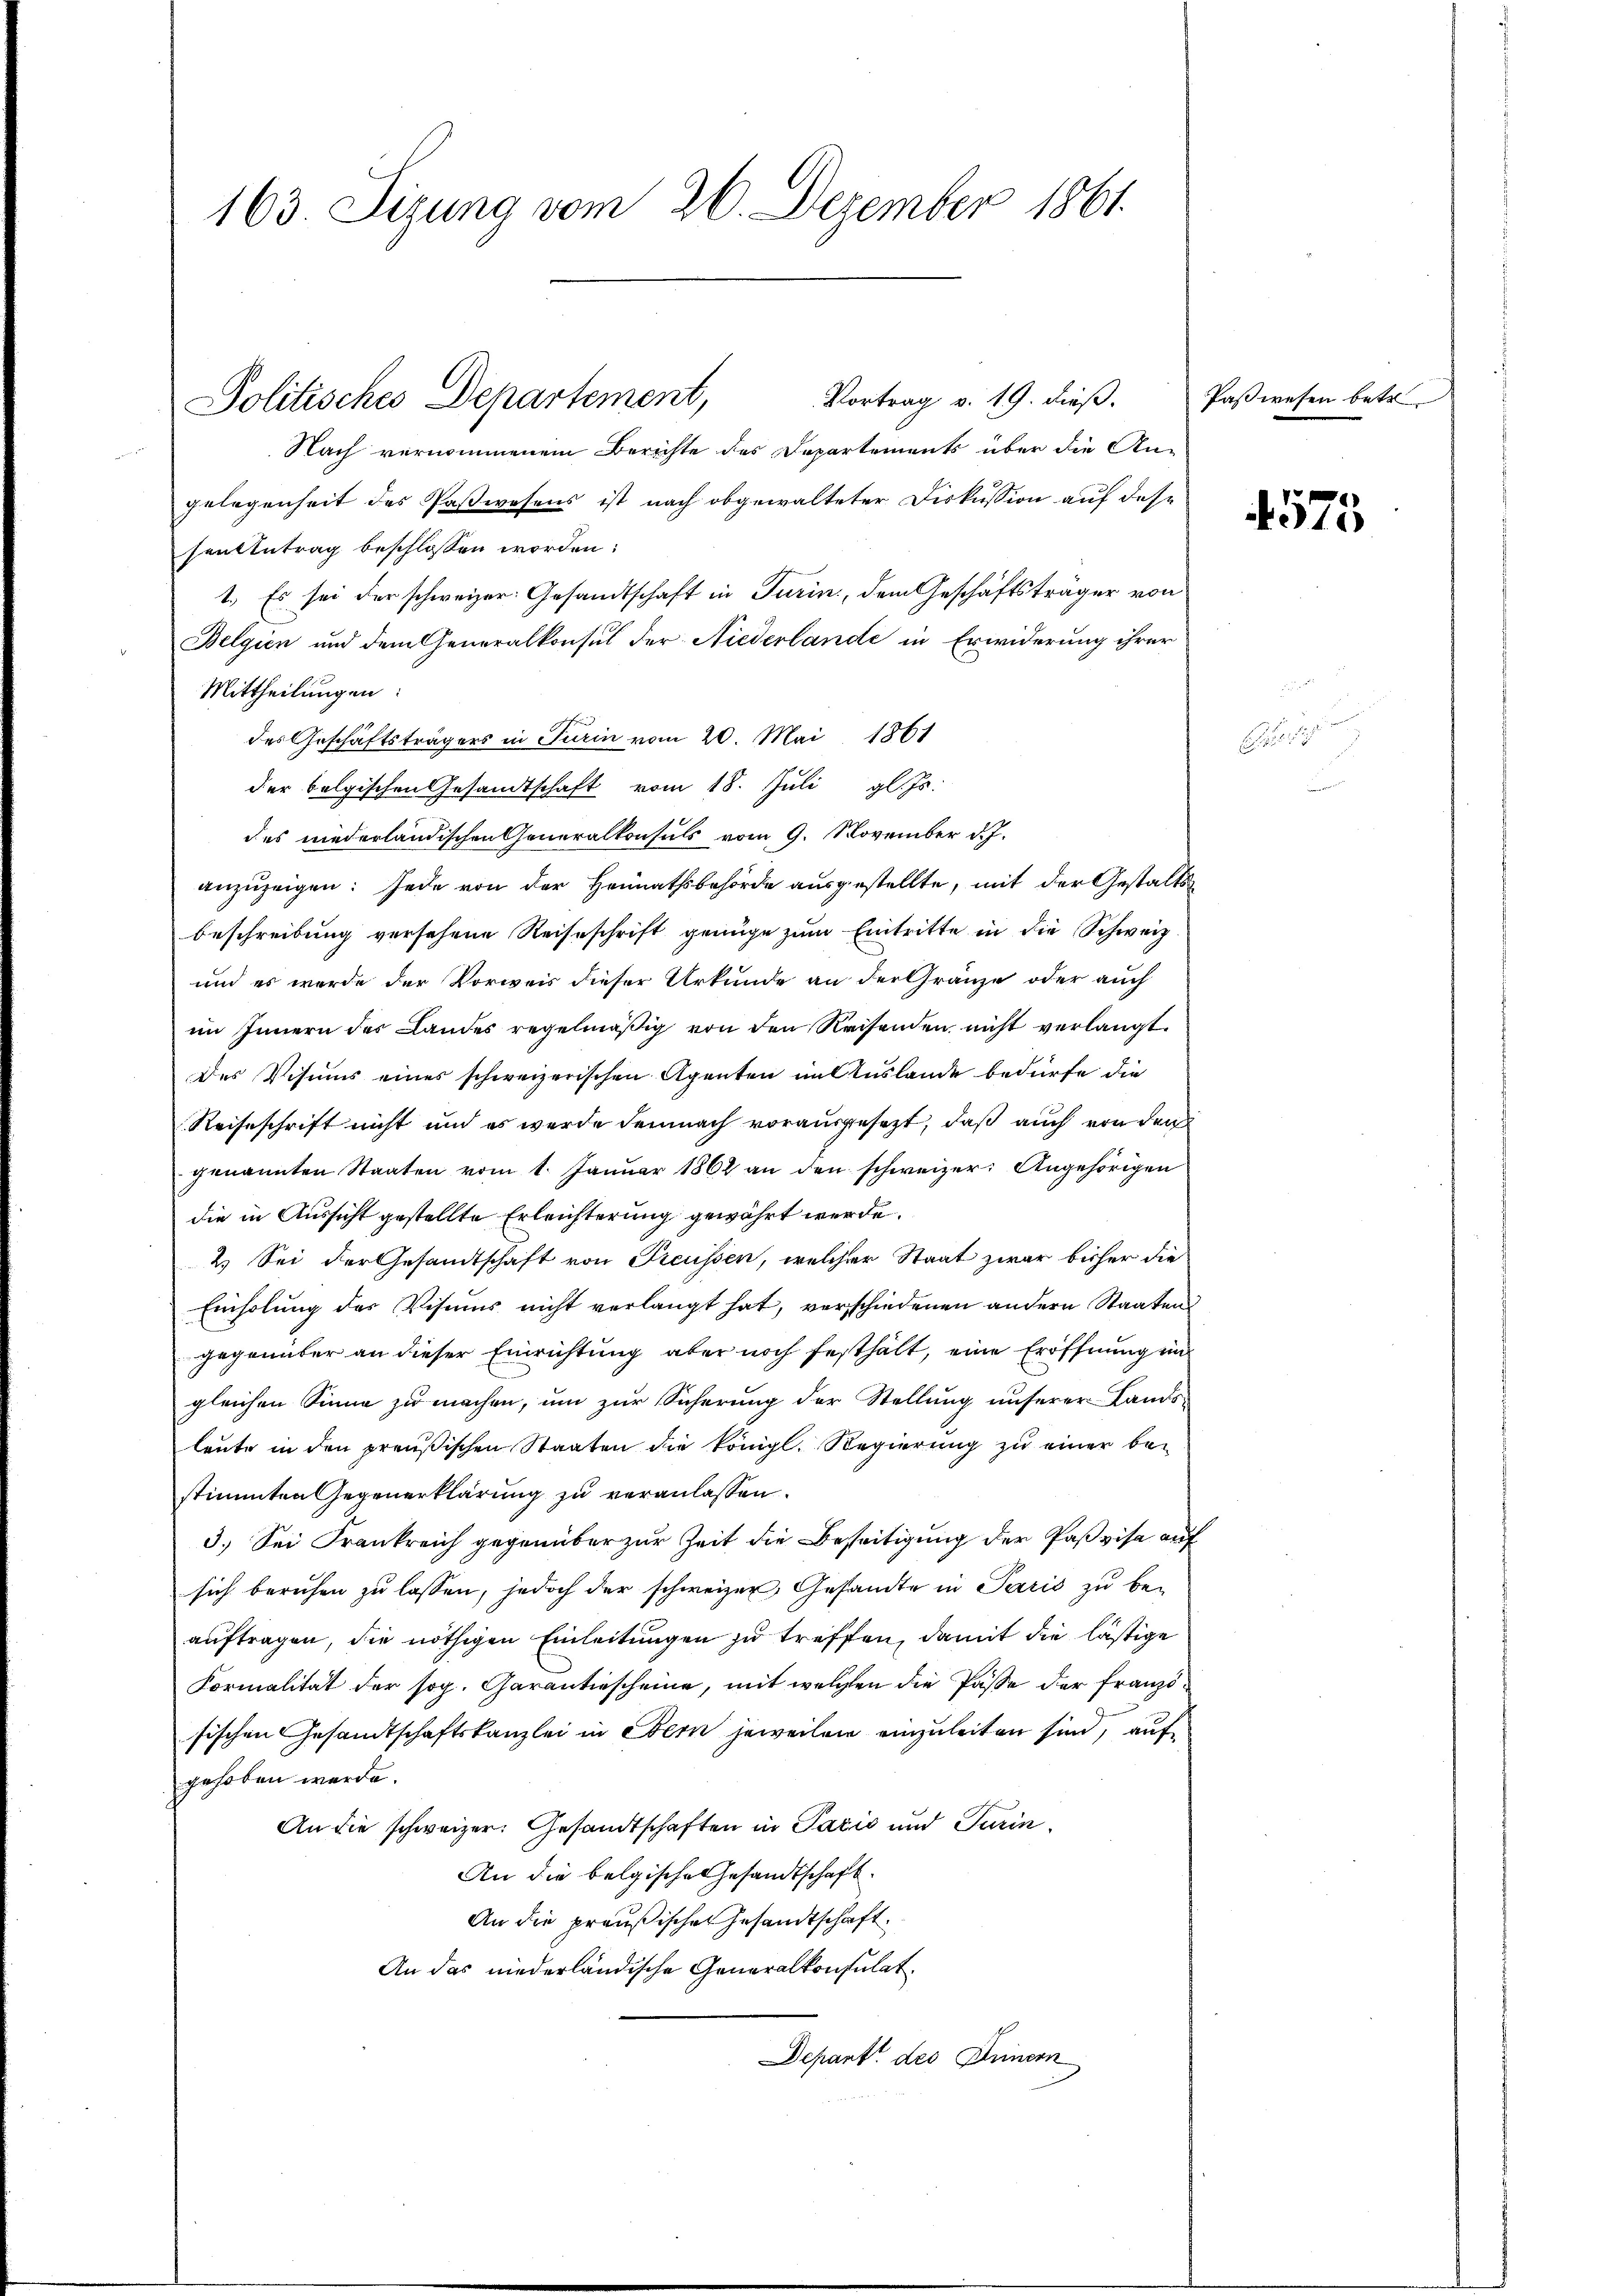
163 Sizung vom 26. Dezember 1861.

Nach vernommenem Berichte des Departements über die Angelegenheit des Paßwesens ist nach obgewalteter Diskussion auf dase
sententrag beschlossen worden:
1.) Es sei der schweizer. Gesandtschaft in Turin, dem Geschäftsträger von
Belgien und dem Generalkonsul der Niederlande in Erwiderung ihrer
Mittheilungen:
des Geschäftsträgers in Turin vom 20. Mai 1861
der belgischen Gesandtschaft vom 18. Juli gl. Js.
des niederländischen Generalkonsuls vom 9. November d. J.
anzuzeigen: Jede von der Heimathsbehörde ausgestellte, mit der Gestalts¬
Beschreibung versehene Reiseschrift genüge zum Eintritte in die Schweiz
und es werde der Vorweis dieser Urkunde an der Gränze oder auch
im Innern des Landes regelmäßig von den Reisenden nicht verlangt.
Des Visums eines schweizerischen Agenten im Auslande bedürfe die
Reiseschrift nicht und es werde demnach vorausgesezt, daß auch von den
genannten Staaten vom 1. Januar 1862 an den schweizer. Angehörigen
die in Aussicht gestellte Erleichterung gewährt werde.
2.) Sei der Gesandtschaft von Preussen, welcher Staat zwar bisher die
Einholung des Visums nicht verlangt hat, verschiedenen andern Staaten
gegenüber an dieser Einrichtung aber noch festhalt, eine Eröffnung un
gleichen Sinne zu machen, um zur Sicherung der Stellung unserer Lands-
leute in den preußischen Staaten die königl. Regierung zu einer bestimmten Gegenerklärung zu veranlassen.
3.) Sei Frankreich gegenüber zur Zeit die Beseitigung der Paßvisa auf
sich beruhen zu lassen, jedoch der schweizer Gesandte in Paris zu beauftragen, die nöthigen Einleitungen zu treffen, damit die lästige
Formalität der sog. Garantiescheine, mit welchen die Pässe der Französischen Gesandtschaftskanzlei in Obern jeweilen einzuleiten sind, auf
gehoben werde.
An die schweizer. Gesandtschaften in Pacis und Turin¬
An die belgische Gesandtschaft.
An die preußischen Gesandtschaft.
An das niederländische Generalkonsulat
Depart des Innern

Vortrag v. 19. dieß.
Politisches Departement,

575

Paßwesen betr